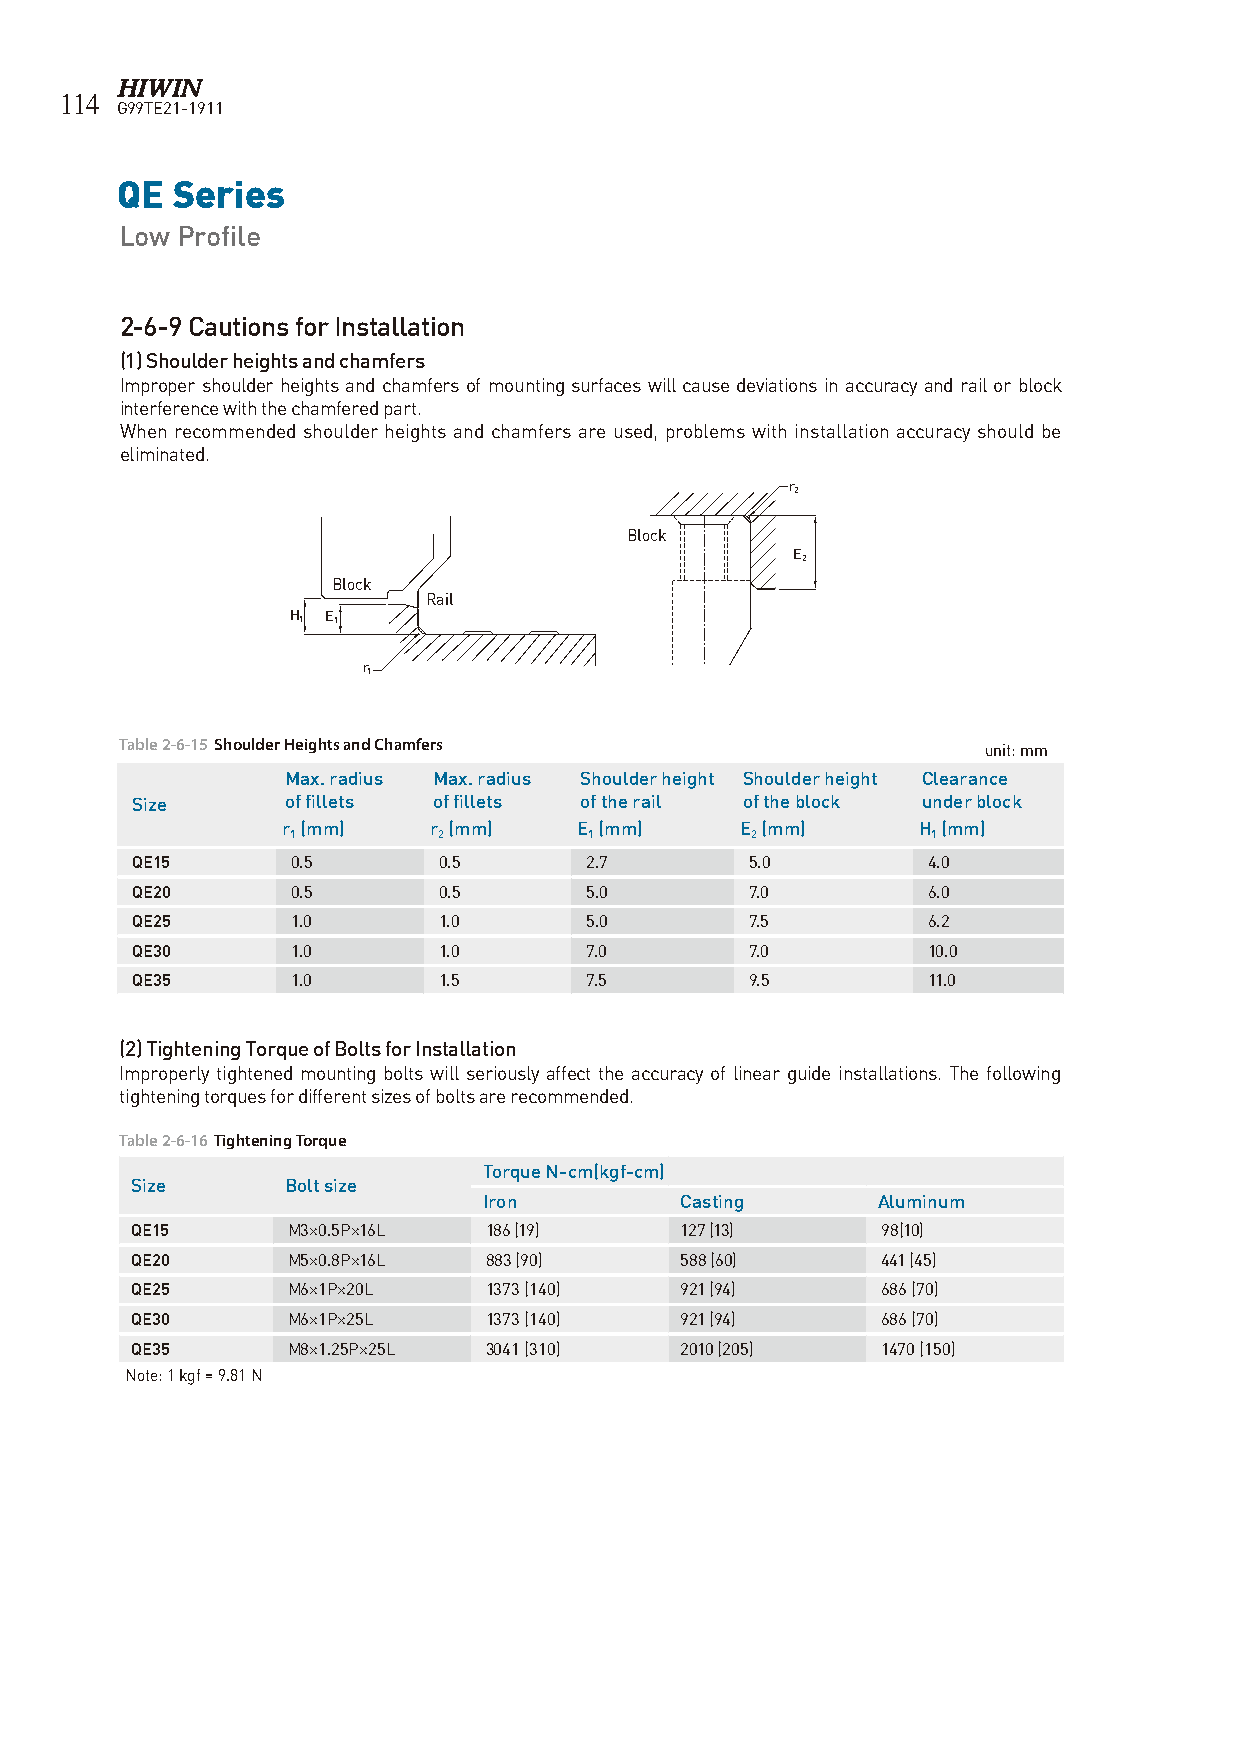
114
 G99TE21-1911
 QE Series
 Low Profile
 2-6-9 Cautions for Installation
 (1) Shoulder heights and chamfers
 Improper shoulder heights and chamfers of mounting surfaces will cause deviations in accuracy and rail or block
 interference with the chamfered part.
 When recommended shoulder heights and chamfers are used, problems with installation accuracy should be
 eliminated.
 r
 2
 Block
 E
 2
 Block
 Rail
 H 1 E 1
 r
 1
 Table 2-6-15 Shoulder Heights and Chamfers               unit: mm
 Max. radius Max. radius Shoulder height Shoulder height Clearance
 Size      of fillets of fillets of the rail of the block under block
 r (mm)   r (mm)    E (mm)     E (mm)      H (mm)
 1         2         1          2           1
 QE15      0.5       0.5       2.7        5.0        4.0
 QE20      0.5       0.5       5.0        7.0        6.0
 QE25      1.0       1.0       5.0        7.5        6.2
 QE30      1.0       1.0       7.0        7.0        10.0
 QE35      1.0       1.5       7.5        9.5        11.0
 (2) Tightening Torque of Bolts for Installation
 Improperly tightened mounting bolts will seriously affect the accuracy of linear guide installations. The following
 tightening torques for different sizes of bolts are recommended.
 Table 2-6-16 Tightening Torque
 Torque N-cm(kgf-cm)
 Size      Bolt size
 Iron         Casting      Aluminum
 QE15      M3×0.5P×16L  186 (19)     127 (13)     98(10)
 QE20      M5×0.8P×16L  883 (90)     588 (60)     441 (45)
 QE25      M6×1P×20L    1373 (140)   921 (94)     686 (70)
 QE30      M6×1P×25L    1373 (140)   921 (94)     686 (70)
 QE35      M8×1.25P×25L 3041 (310)   2010 (205)   1470 (150)
 Note: 1 kgf = 9.81 N